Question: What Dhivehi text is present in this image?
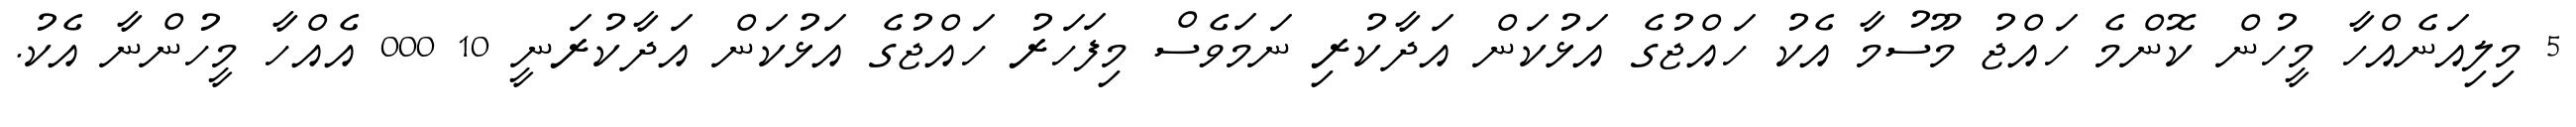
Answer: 5 މިލިއަނެއްހާ މީހުން ކޮންމެ ހައްޖު މޫސުމާ އެކު ހައްޖުގެ އަޅުކަން އަދާކުރި ނަމަވެސް މިފަހަރު ހައްޖުގެ އަޅުކަން އަދާކުރަނީ 10 000 އެއްހާ މީހުންނާ އެކު.